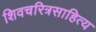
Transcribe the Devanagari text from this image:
शिवचरित्रसाहित्य